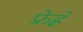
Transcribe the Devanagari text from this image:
फ्रेह्ले